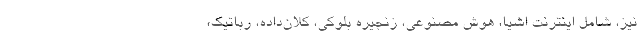
نیز، شامل اینترنت اشیا، هوش مصنوعی، زنجیره بلوکی، کلان‌داده، رباتیک،